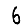
Digit: 6